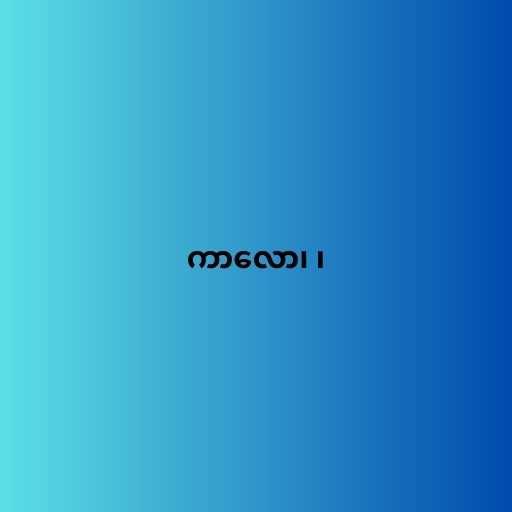
ကာလော၊ ၊